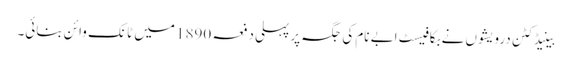
بینیڈکٹن درویشوں نے بکافیسٹ ابے نام کی جگہ پر پہلی دفعہ 1890 میں ٹانک وائن بنائی۔